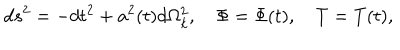
d s ^ { 2 } = - d t ^ { 2 } + a ^ { 2 } ( t ) d \Omega _ { k } ^ { 2 } , \quad \Phi = \Phi ( t ) , \quad T = T ( t ) ,